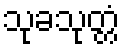
သုခသုတ္တံ